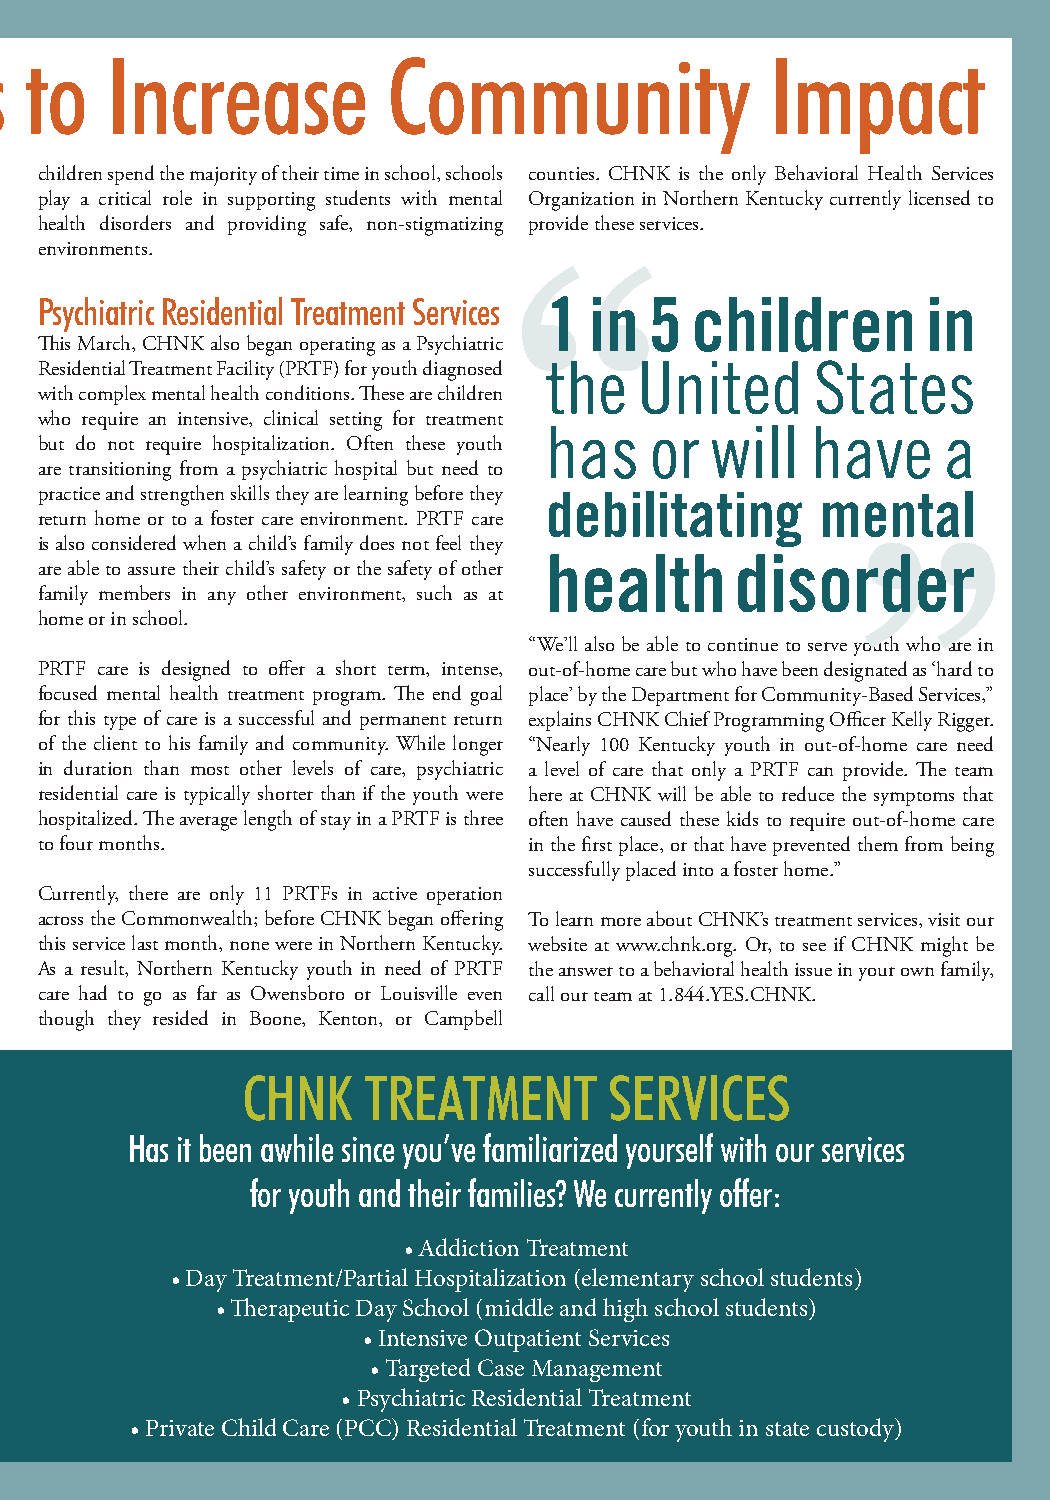
Launching New Treatment Lines to Increase Community Impact
 children spend the majority of their time in school, schools counties. CHNK is the only Behavioral Health Services
 play a critical role in supporting students with mental Organization in Northern Kentucky currently licensed to
 health disorders and providing safe, non-stigmatizing provide these services.
 environments.
 Psychiatric Residential Treatment Services 1 in 5 children in
 This March, CHNK also began operating as a Psychiatric
 Residential Treatment Facility (PRTF) for youth diagnosed the United States
 with complex mental health conditions. These are children
 who require an intensive, clinical setting for treatment
 has    or  will   have    a
 but do not require hospitalization. Often these youth
 are transitioning from a psychiatric hospital but need to
 practice and strengthen skills they are learning before they debilitating mental
 return home or to a foster care environment. PRTF care
 is also considered when a child’s family does not feel they
 health       disorder
 are able to assure their child’s safety or the safety of other
 family members in any other environment, such as at
 home or in school.
 “We’ll also be able to continue to serve youth who are in
 PRTF care is designed to offer a short term, intense, out-of-home care but who have been designated as ‘hard to
 focused mental health treatment program. The end goal place’ by the Department for Community-Based Services,”
 for this type of care is a successful and permanent return explains CHNK Chief Programming Officer Kelly Rigger.
 of the client to his family and community. While longer “Nearly 100 Kentucky youth in out-of-home care need
 in duration than most other levels of care, psychiatric a level of care that only a PRTF can provide. The team
 residential care is typically shorter than if the youth were here at CHNK will be able to reduce the symptoms that
 hospitalized. The average length of stay in a PRTF is three often have caused these kids to require out-of-home care
 to four months.                  in the first place, or that have prevented them from being
 successfully placed into a foster home.”
 Currently, there are only 11 PRTFs in active operation
 across the Commonwealth; before CHNK began offering To learn more about CHNK’s treatment services, visit our
 this service last month, none were in Northern Kentucky. website at www.chnk.org. Or, to see if CHNK might be
 As a result, Northern Kentucky youth in need of PRTF the answer to a behavioral health issue in your own family,
 care had to go as far as Owensboro or Louisville even call our team at 1.844.YES.CHNK.
 though they resided in Boone, Kenton, or Campbell
 CHNK    TREATMENT       SERVICES
 Has it been awhile since you’ve familiarized yourself with our services
 for youth and their families? We currently offer:
 • Addiction Treatment
 • Day Treatment/Partial Hospitalization (elementary school students)
 • Therapeutic Day School (middle and high school students)
 • Intensive Outpatient Services
 • Targeted Case Management
 • Psychiatric Residential Treatment
 • Private Child Care (PCC) Residential Treatment (for youth in state custody)